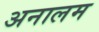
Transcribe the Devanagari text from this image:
अनालम